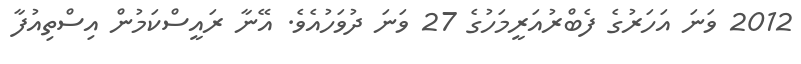
2012 ވަނަ އަހަރުގެ ފެބްރުއަރީމަހުގެ 27 ވަނަ ދުވަހުއެވެ. އޭނާ ރައީސްކަމުން އިސްތިއުފާ